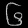
Digit: ၆